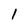
Character: 1